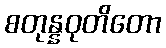
စတုန္နဝုတိတော